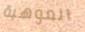
الموهبة